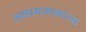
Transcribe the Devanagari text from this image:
आझमखानांच्या